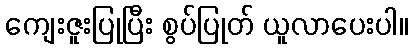
ကျေးဇူးပြုပြီး စွပ်ပြုတ် ယူလာပေးပါ။